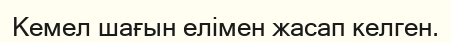
Кемел шағын елімен жасап келген.